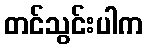
တင်သွင်းပါက